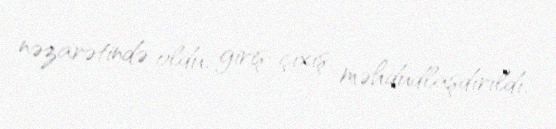
nəzarətində oldu, giriş-çıxış məhdudlaşdırıldı.